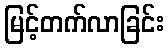
မြင့်တက်လာခြင်း